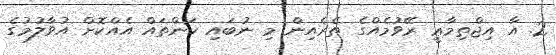
2. އާ އިޖްތިމާޢީ ރޭވުމެއްގެ ތެރެއިން މި ނުބައި ކަންތައް އެއްކޮށް އުވާލުމުގެ